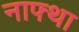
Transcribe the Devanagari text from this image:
नाफ्था